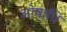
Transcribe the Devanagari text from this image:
ओषाधि